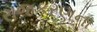
રાજકરણના